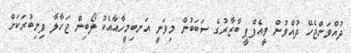
ދުއްވަންޖެހޭ ދުއްވުން ވީއެފްޕީ ބާޒާރުގެ ސަބަބުން މިވަނީ އަނބިމީހާއާއެކު ލޯބިން ޖަހާލާ ފިނިބުރަކަށް